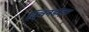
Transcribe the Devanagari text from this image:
क्विनडाइन